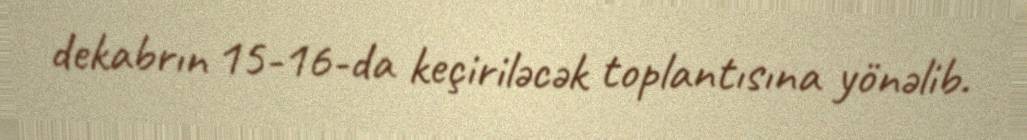
dekabrın 15-16-da keçiriləcək toplantısına yönəlib.